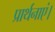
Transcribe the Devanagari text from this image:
प्रार्थनाएं।